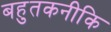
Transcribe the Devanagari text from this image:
बहुतकनीकि